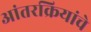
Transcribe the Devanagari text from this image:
आंतरक्रियांचे